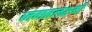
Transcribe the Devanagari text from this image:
जगतलक्ष्मी